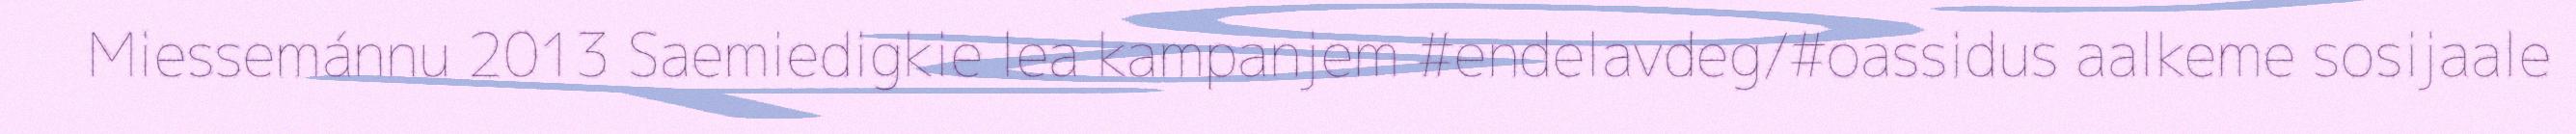
Miessemánnu 2013 Saemiedigkie lea kampanjem #endelavdeg/#oassidus aalkeme sosijaale